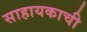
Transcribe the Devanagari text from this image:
साहायकाची